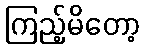
ကြည့်မိတော့